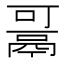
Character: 𱆋